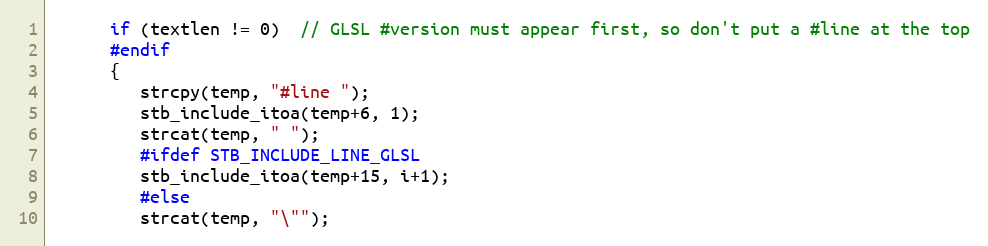
Language: C
      if (textlen != 0)  // GLSL #version must appear first, so don't put a #line at the top
      #endif
      {
         strcpy(temp, "#line ");
         stb_include_itoa(temp+6, 1);
         strcat(temp, " ");
         #ifdef STB_INCLUDE_LINE_GLSL
         stb_include_itoa(temp+15, i+1);
         #else
         strcat(temp, "\"");